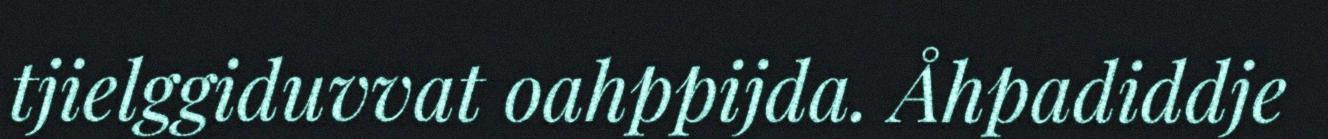
tjielggiduvvat oahppijda. Åhpadiddje